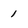
Character: 1